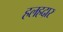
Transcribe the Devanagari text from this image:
हलहदार